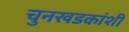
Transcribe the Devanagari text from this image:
चुनखडकांशी